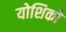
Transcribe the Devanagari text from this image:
योशिको